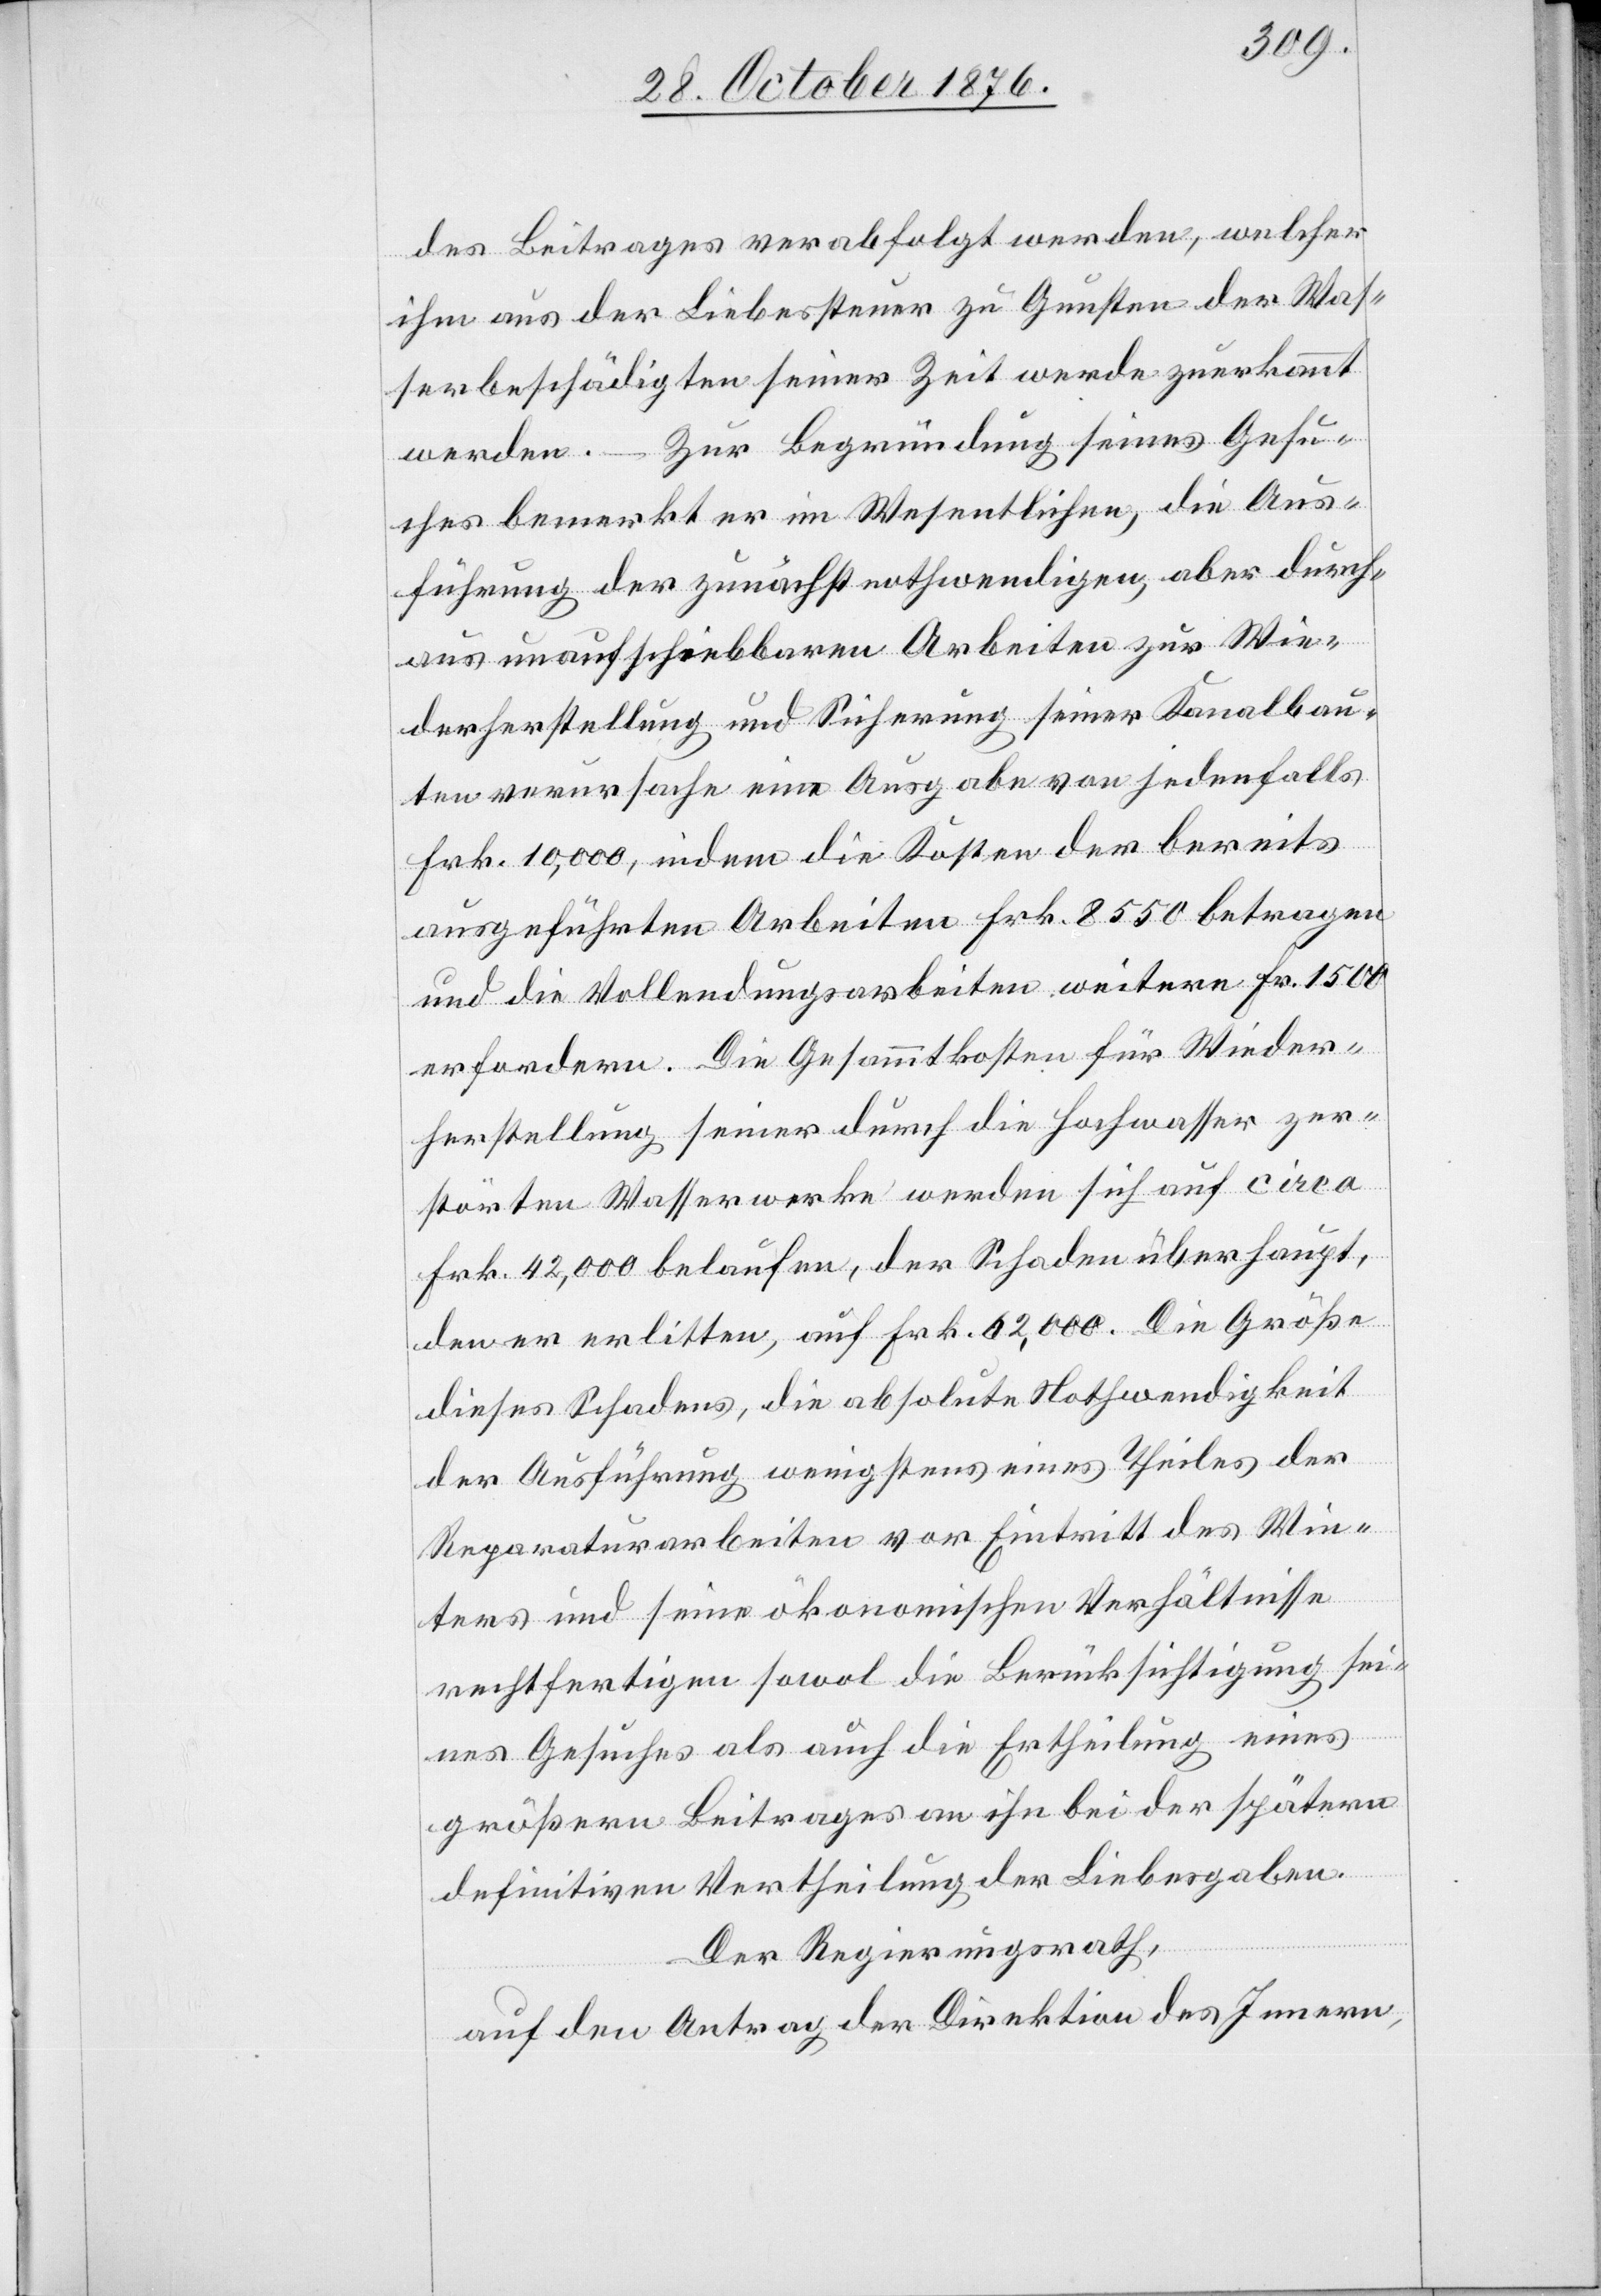
des Beitrages verabfolgt werden, welcher
ihm aus der Liebessteuer zu Gunsten der Was¬
serbeschädigten seiner Zeit werde zuerkannt
Zur Begründung seines Gesu¬
werden.
ches bemerkt er im Wesentlichen, die Aus¬
führung der zunächst nothwendigen, aber durch¬
aus unaufschiebbaren Arbeiten zur Wie¬
derherstellung und Sicherung seiner Kanalbau¬
ten verursache eine Ausgabe von jedenfalls
Frk. 10,000, indem die Kosten der bereits
ausgeführten Arbeiten Frk. 8550 betragen
und die Vollendungsarbeiten weitere Fr. 1500
erfordern. Die Gesammtkosten für Wieder¬
herstellung seiner durch die Hochwasser zer¬
störten Wasserwerke werden sich auf circa
Frk. 42,000 belaufen, der Schaden überhaupt,
den er erlitten, auf Frk. 62,000. Die Größe
dieses Schadens, die absolute Nothwendigkeit
der Ausführung wenigstens eines Theiles der
Reparaturarbeiten vor Eintritt des Win¬
ters und seine ökonomischen Verhältnisse
rechtfertigen sowol die Berücksichtigung sei¬
nes Gesuches als auch die Ertheilung eines
größern Beitrages an ihn bei der spätern
definitiven Vertheilung der Liebesgaben.
Der Regierungsrath,
auf den Antrag der Direktion des Innern,